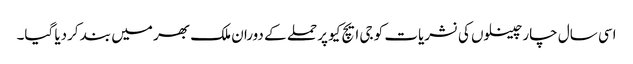
اسی سال چار چینلوں کی نشریات کو جی ایچ کیو پر حملے کے دوران ملک بھر میں بند کردیا گیا۔